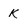
Character: k